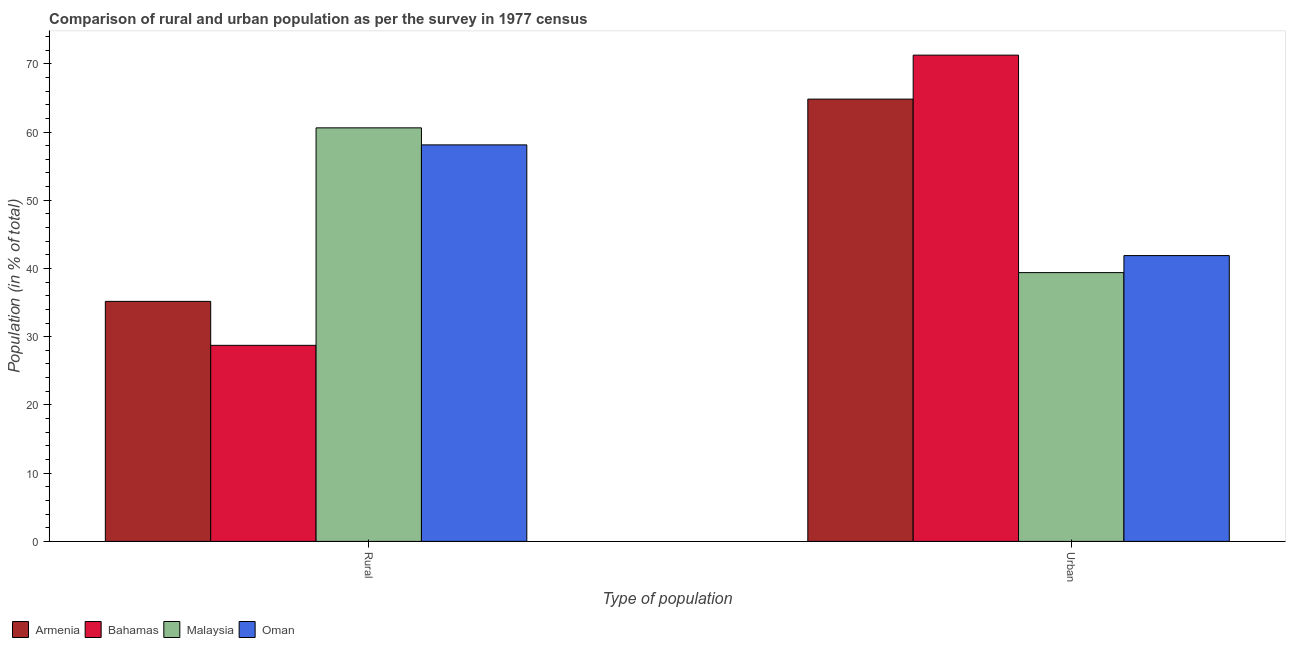
| Type of population | Armenia | Bahamas | Malaysia | Oman |
 | --- | --- | --- | --- | --- |
 | Rural | 35.2 | 28.7 | 60.6 | 58.1 |
 | Urban | 64.8 | 71.3 | 39.4 | 41.9 |